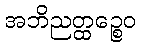
အဘိညတ္ထဉ္စေဝ